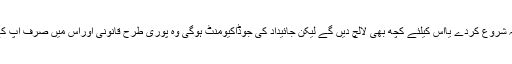
یاجائیداد میں اپناتصرف نہ شروع کردے یااس کیلئے کچھ بھی لالچ دیں گے لیکن جائیداد کی جوڈاکیومنٹ ہوگی وہ پوری طرح قانونی اوراس میں صرف آپ کے رشتہ دارکاہی نام ہوگا۔